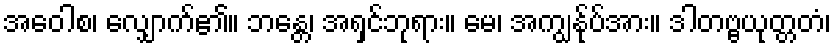
အဝေါစ၊ လျှောက်၏။ ဘန္တေ၊ အရှင်ဘုရား။ မေ၊ အကျွန်ုပ်အား။ ဒါတဗ္ဗယုတ္တတံ၊